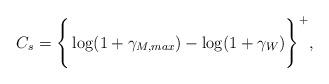
LaTeX: \begin{align*} C_{s} = \Bigg\{\log(1+\gamma_{M, max}) - \log(1+\gamma_{W})\Bigg\}^{+},\end{align*}